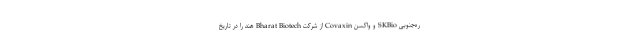
ره‌جنوبی SKBio و واکسن Covaxin از شرکت Bharat Biotech هند را در تاریخ